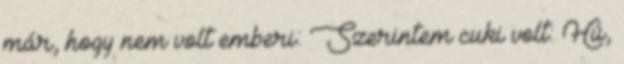
már, hogy nem volt emberi: Szerintem cuki volt: Hú,